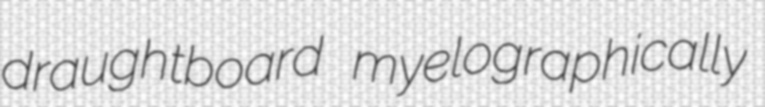
draughtboard myelographically